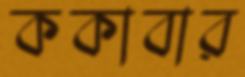
ককাবার